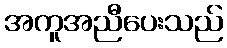
အကူအညီပေးသည်